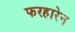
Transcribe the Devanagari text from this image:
फरहारेन